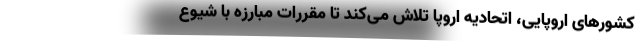
کشورهای اروپایی، اتحادیه اروپا تلاش می‌کند تا مقررات مبارزه با شیوع